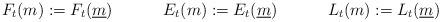
LaTeX: \begin{align*}F_t(m)&:=F_t(\underline{m}) & E_t(m)&:=E_t(\underline{m})&L_t(m)&:=L_t(\underline{m})\end{align*}